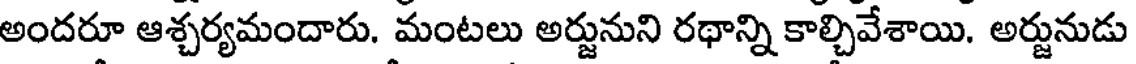
అందరూ ఆశ్చర్యమందారు. మంటలు అర్జునుని రథాన్ని కాల్చివేశాయి. అర్జునుడు